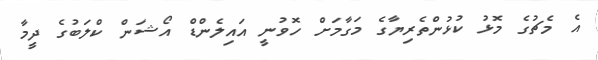
އެ މެޗުގެ މޮޅު ކުޅުންތެރިޔާގެ މަގާމަށް ހޮވުނީ އައިލެންޑް އޯޝަން ކްލަބުގެ ދީމާ